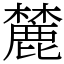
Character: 麓